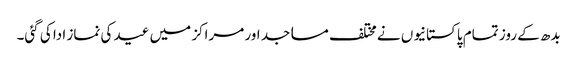
بدھ کے روز تمام پاکستانیوں نے مختلف مساجد اور مراکز میں عید کی نماز ادا کی گئی۔